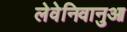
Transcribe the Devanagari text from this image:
लेवेनिवानुआ